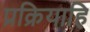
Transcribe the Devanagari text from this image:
प्रक्रियाहि